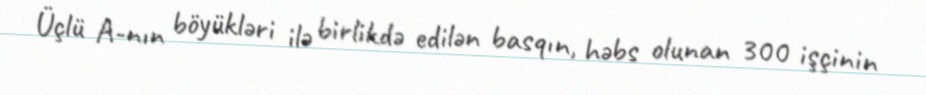
Üçlü A-nın böyükləri ilə birlikdə edilən basqın, həbs olunan 300 işçinin